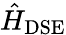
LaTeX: \hat{H}_{\mathrm{DSE}}